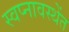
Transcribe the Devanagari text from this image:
स्वप्नावस्थेंत